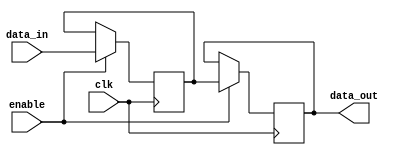
module memory_block (
    input wire clk,          // Global clock signal
    input wire enable,       // Enable signal for the memory block
    input wire [7:0] data_in, // Data input for the memory block
    output reg [7:0] data_out // Data output from the memory block
);
    reg [7:0] memory [0:255]; // Example memory array (256 x 8 bits)

    always @(posedge clk) begin
        if (enable) begin
            // Perform memory operations when enabled
            // For example, simple write operation
            memory[0] <= data_in; // Write data to address 0
            data_out <= memory[0]; // Read data from address 0
        end
    end
endmodule